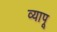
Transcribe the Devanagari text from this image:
व्यापू